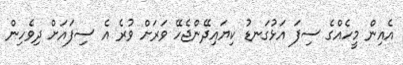
އެއިން މީހެއްގެ ސިފަ އަޅުގަނޑު ކިޔައިދޭންޖެހޭ ވަރަށް ވުރެ އެ ސިފައަށް ދިވެހިން